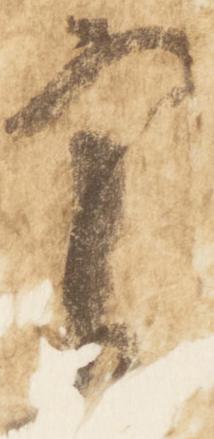
実